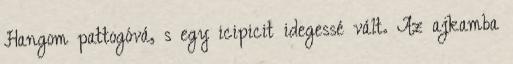
Hangom pattogóvá, s egy icipicit idegessé vált. Az ajkamba